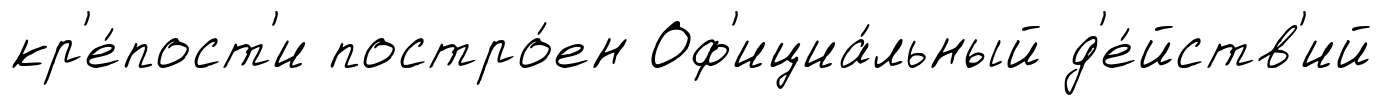
кр'е́пост'и постро́ен Оф'ициа́льный д'е́йств'ий